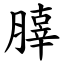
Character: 䐻